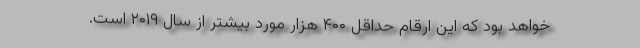
خواهد بود که این ارقام حداقل ۴۰۰ هزار مورد بیشتر از سال ۲۰۱۹ است.